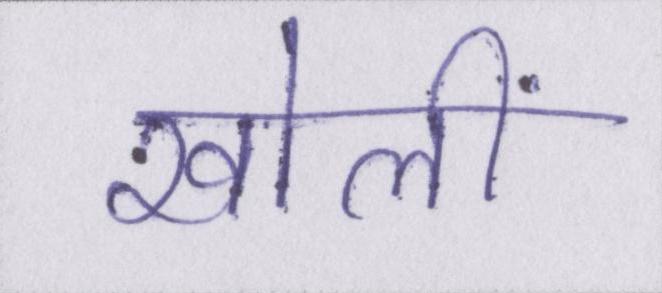
खोलीं